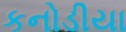
કનોડીયા